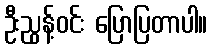
ဦးညွန့်ဝင်း ပြောပြတာပါ။